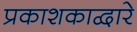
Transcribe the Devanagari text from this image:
प्रकाशकाद्वारे